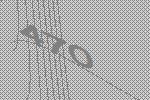
470